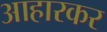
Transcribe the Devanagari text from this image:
आहारकर